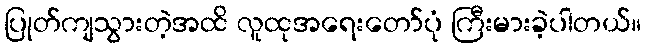
ပြုတ်ကျသွားတဲ့အထိ လူထုအရေးတော်ပုံ ကြီးမားခဲ့ပါတယ်။